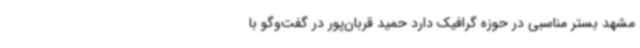
مشهد بستر مناسبی در حوزه گرافیک دارد حمید قربان‌پور در گفت‌وگو با